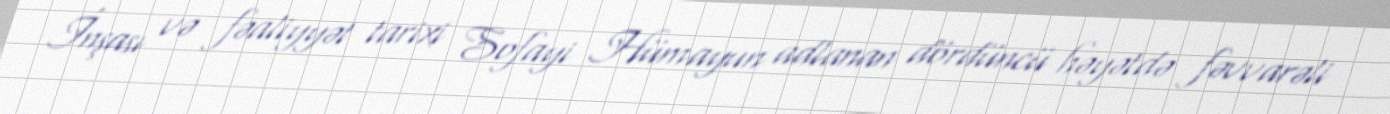
İnşası və fəaliyyət tarixi Sofayi Hümayun adlanan dördüncü həyətdə fəvvarəli